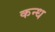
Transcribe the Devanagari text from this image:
कन्ध